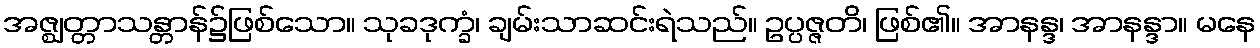
အဇ္ဈတ္တာသန္တာန်၌ဖြစ်သော။ သုခဒုက္ခံ၊ ချမ်းသာဆင်းရဲသည်။ ဥပ္ပဇ္ဇတိ၊ ဖြစ်၏။ အာနန္ဒ၊ အာနန္ဒာ။ မနေ